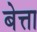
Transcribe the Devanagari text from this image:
बेत्ता